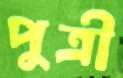
পুত্রী